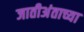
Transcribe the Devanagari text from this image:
जातीअंताच्या